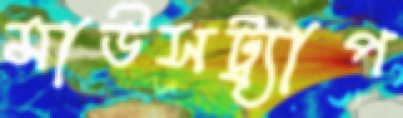
মাউসট্র্যাপ